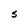
Character: S